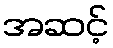
အဆင့်